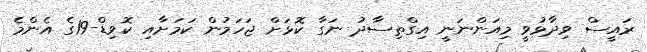
ރައީސް ވިދާޅުވީ މިއަންނަނީ އިގްތިސާދު ނަގާ ކޮޅަށް ޖަހަމުން ކަމަށާއި ކޮވިޑް-19ގެ އެންމެ